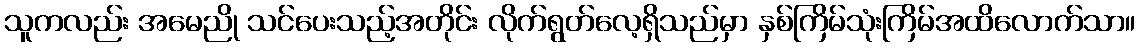
သူကလည်း အမေညို သင်ပေးသည့်အတိုင်း လိုက်ရွတ်လေ့ရှိသည်မှာ နှစ်ကြိမ်သုံးကြိမ်အထိလောက်သာ။